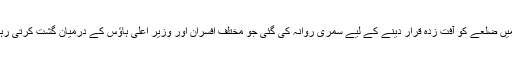
اس رپورٹ میں بتایا گیا ہے کہ گذشتہ سال ماہِ ستمبر میں ضلعے کو آفت زدہ قرار دینے کے لیے سمری روانہ کی گئی جو مختلف افسران اور وزیر اعلیٰ ہاؤس کے درمیان گشت کرتی رہی بالآخر پانچ ماہ بعد فروری میں آفت زدہ قرار دیا گیا۔